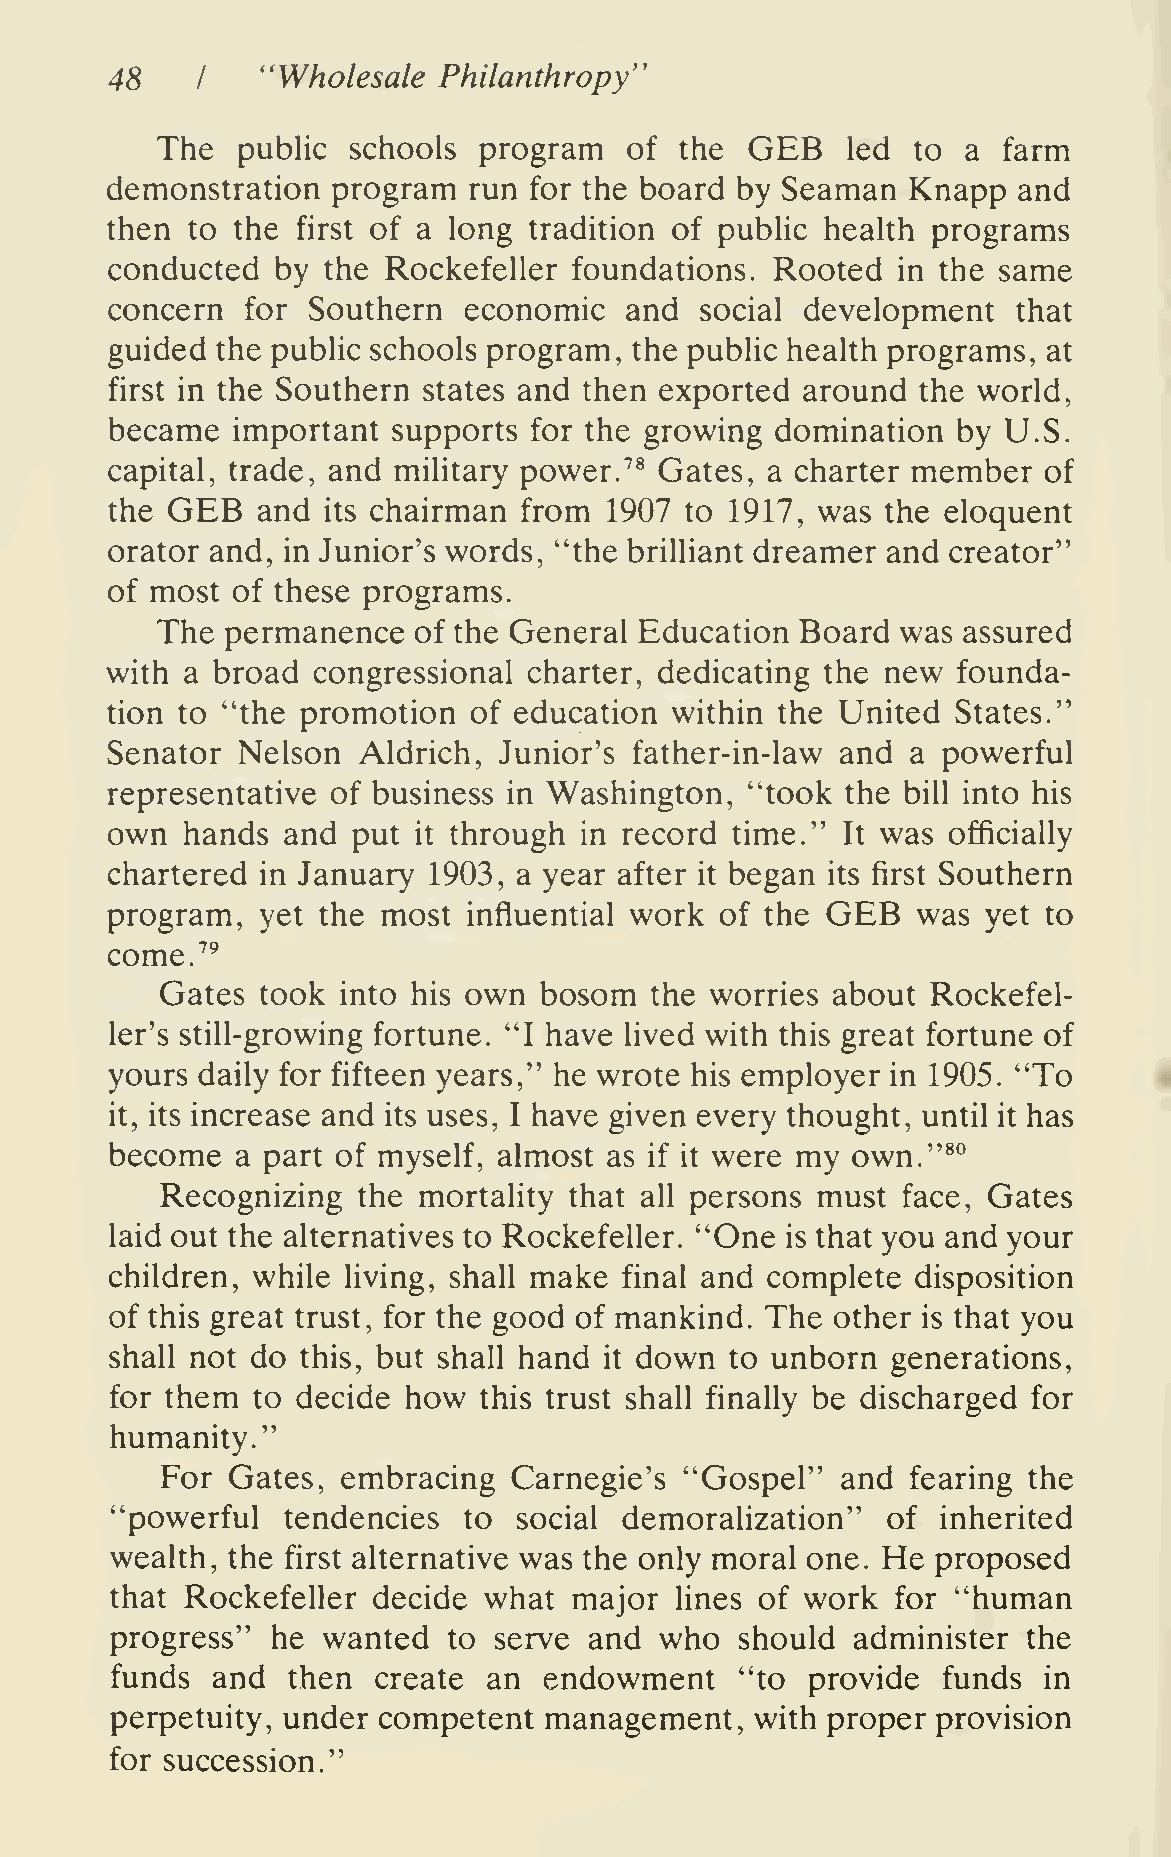
48        ''Wholesale Philanthropy'
 I
 GEB
 The   public schools  program   of the        led to  a farm
 demonstration  program  run for the board by Seaman  Knapp  and
 then to the  first of a long tradition of public health programs
 conducted  by the Rockefeller  foundations. Rooted  in the same
 concern  for Southern   economic  and  social development   that
 guided the public schools program, the public health programs, at
 first in the Southern states and then exported around the world,
 became  important  supports for the growing domination  by U.S.
 capital, trade, and military power.''^ Gates, a charter member of
 GEB
 the       and its chairman from  1907 to 1917, was  the eloquent
 orator and, in Junior's words, "the brilliant dreamer and creator"
 of most of these programs.
 The  permanence  of the General Education  Board  was assured
 with a broad  congressional charter, dedicating the new founda-
 tion to "the promotion  of education within the United  States."
 Senator  Nelson  Aldrich, Junior's father-in-law and a powerful
 representative of business in Washington,  "took the bill into his
 own  hands  and put it through in record time."  It was officially
 chartered in January 1903, a year after it began its first Southern
 GEB
 program,  yet the most  influential work of the       was yet to
 come.^^
 Gates took  into his own bosom  the worries about  Rockefel-
 ler's still-growing fortune. "I have lived with this great fortune of
 yours daily for fifteen years," he wrote his employer in 1905. "To
 it, its increase and its uses, I have given every thought, until it has
 become   a part of myself, almost as if it were my own."*°
 Recognizing  the mortahty  that all persons must face, Gates
 laid out the alternatives to Rockefeller. "One is that you and your
 children, while living, shall make final and complete disposition
 of this great trust, for the good of mankind. The other is that you
 shall not do this, but shall hand it down to unborn generations,
 for them  to decide how  this trust shall finally be discharged for
 humanity."
 For Gates,  embracing  Carnegie's "Gospel"   and fearing the
 "powerful   tendencies  to social demoralization"   of inherited
 wealth, the first alternative was the only moral one. He proposed
 that Rockefeller  decide what  major  lines of work for "human
 progress"  he wanted   to serve and  who  should  administer the
 funds  and  then  create an  endowment    "to  provide funds  in
 perpetuity, under competent  management,   with proper provision
 for succession."